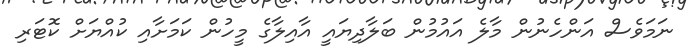
ނަމަވެސް އަންހެނުން މާލެ އައުމުން ބަލާދިޔައީ އާއިލާގެ މީހުން ކަމަށާއި ކުއްޔަށް ކޮޓަރި